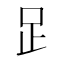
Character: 𧾷